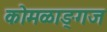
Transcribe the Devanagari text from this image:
कोमळाङ्गज